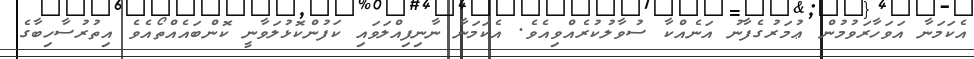
އެކަމަނާ އަވަހާރަވުމުން ޢުމަރުގެފާނު އަނެއްކާ ސުވާލުކުރެއްވިއެވެ. އެކަމަނާ ނާނިފިއްލަވައި ކަފުންކޮޅުލަވާނީ ކޮންބައެއްތޯއެވެ އިތުރުސާހިބާގެ